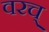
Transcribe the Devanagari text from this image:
वरच्